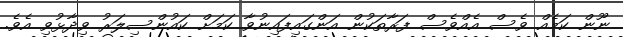
ނޫން ކަމެއް ވެސް އެއްވެސް ފަރާތަކުން އަންގައިފައިނުވާ ކަމަށް ކައުންސިލަރު ވިދާޅުވި އެވެ.